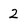
Character: 2